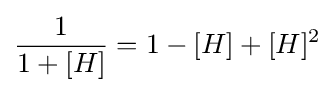
{\frac {1}{1+[H]}}=1-[H]+[H]^{2}